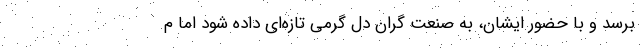
برسد و با حضور ایشان، به صنعت گران دل گرمی تازه‌ای داده شود اما م